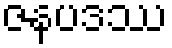
ဇနပဒဿ